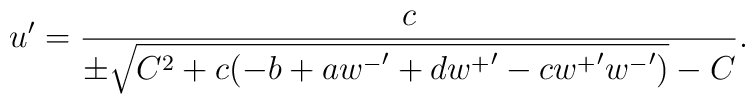
u' = \frac{c}{\pm \sqrt{C^2 + c(-b + a{w^-}' + d{w^+}' - c{w^+}'{w^-}')} - C}.